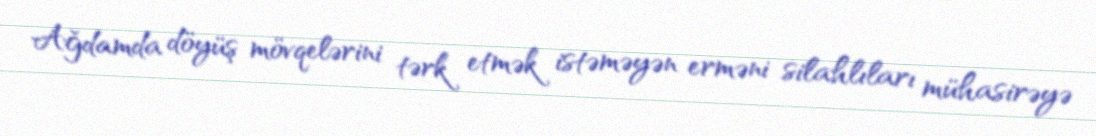
Ağdamda döyüş mövqelərini tərk etmək istəməyən erməni silahlıları mühasirəyə